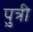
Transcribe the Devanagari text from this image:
पु़़त्री